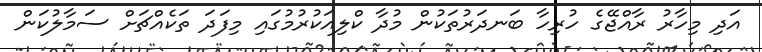
އަދި މިހާރު ރާއްޖޭގެ ހުރިހާ ބަނދަރުތަކުން މުދާ ކްލިއަކުރުމުގައި މިފަދަ ތަކެއްޗަށް ސަމާލުކަން